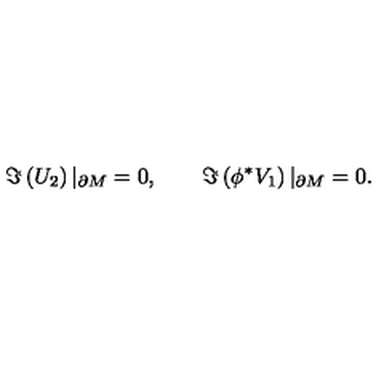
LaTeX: \Im \left( U _ { 2 } \right) | _ { \partial M } = 0 , \qquad \Im \left( \phi ^ { * } V _ { 1 } \right) | _ { \partial M } = 0 .